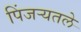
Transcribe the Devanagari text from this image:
पिंजर्‍यतले